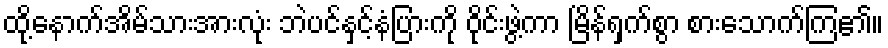
ထို့နောက်အိမ်သားအားလုံး ဘဲပင်နှင့်နံပြားကို ဝိုင်းဖွဲ့ကာ မြိန်ရှက်စွာ စားသောက်ကြ၏။